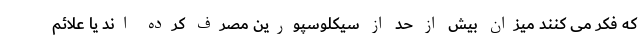
که فکر می کنند میزان بیش از حد از سیکلوسپورین مصرف کرده اند یا علائم